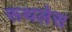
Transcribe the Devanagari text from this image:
रूथलेस